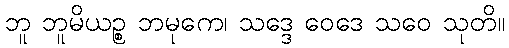
ဘူ ဘူမိယဉ္စ ဘမုကေ၊ သဒ္ဒေ ဝေဒေ သဝေ သုတိ။